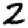
Digit: 2